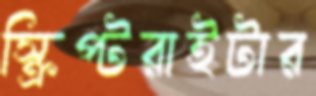
স্ক্রিপ্টরাইটার